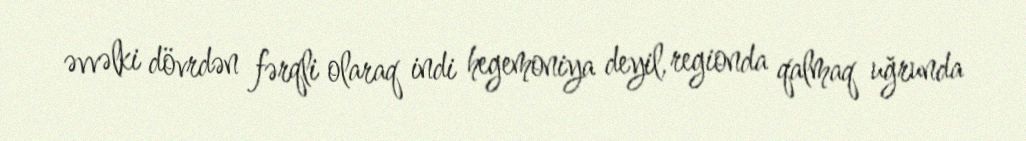
əvvəlki dövrdən fərqli olaraq indi hegemoniya deyil, regionda qalmaq uğrunda